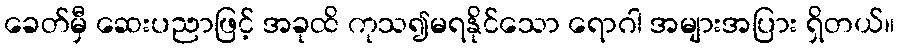
ခေတ်မှီ ဆေးပညာဖြင့် အခုထိ ကုသ၍မရနိုင်သော ရောဂါ အများအပြား ရှိတယ်။